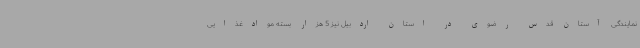
نمایندگی آستان قدس رضوی در استان اردبیل نیز 5 هزار بسته موادغذایی